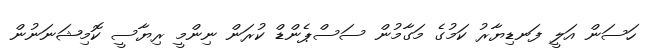
ހަސަން އަލީ ފަނޑިޔާރު ކަމުގެ މަގާމުން ސަސްޕެންޑް ކުރަން ނިންމީ ރިޔާސީ ކޮމިޝަނަނުން